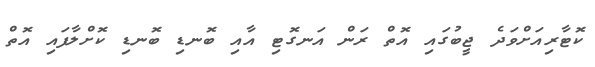
ކޮޓާރިއަށްވަދެ ޖީބުގައި އޮތް ރަން އަނގޮޓި އާއި ބޮނޑި ބޮނޑި ކޮށްލާފައި އޮތް